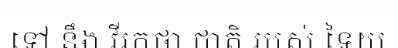
ទៅ នឹង វីរកថា ជាតិ របស់ ទៃយ